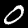
Digit: 0